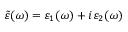
\tilde { \varepsilon } ( \omega ) = \varepsilon _ { 1 } ( \omega ) + i \varepsilon _ { 2 } ( \omega )